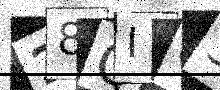
Text: 28QIQ3